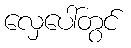
လှေပေါ်တွင်